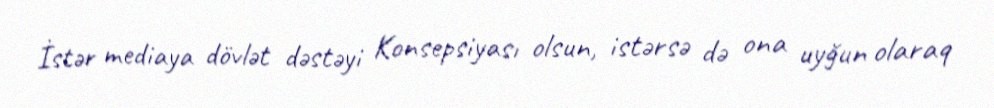
İstər mediaya dövlət dəstəyi Konsepsiyası olsun, istərsə də ona uyğun olaraq